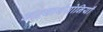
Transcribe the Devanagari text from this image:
काव्यार्थयोनियाँ